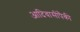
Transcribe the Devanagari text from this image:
आदिवासींपैकी